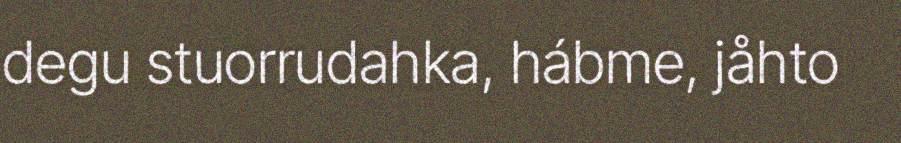
degu stuorrudahka, hábme, jåhto